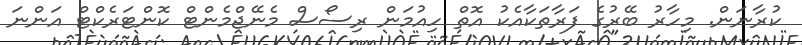
ކުރާނަން. މިހާރު ބޭރުގެ ފަރާތަކާއެކު އޮތް ހިއުމަން ރިސޯސް މެނޭޖްމެންޓް ކޮންޓަރެކްޓް އަންނަ